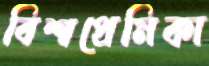
বিশ্বপ্রেমিকা